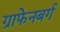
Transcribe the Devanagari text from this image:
ग्राफेनबर्ग